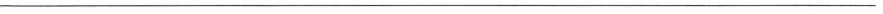
___